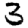
Digit: 3